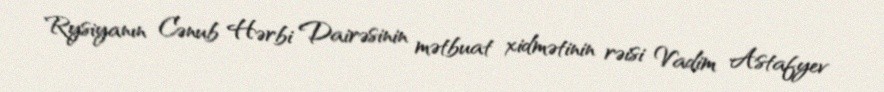
Rysiyanın Cənub Hərbi Dairəsinin mətbuat xidmətinin rəisi Vadim Astafyev